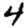
Digit: 4